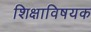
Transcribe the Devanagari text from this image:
शिक्षाविषयक